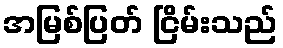
အမြစ်ပြတ် ငြိမ်းသည်